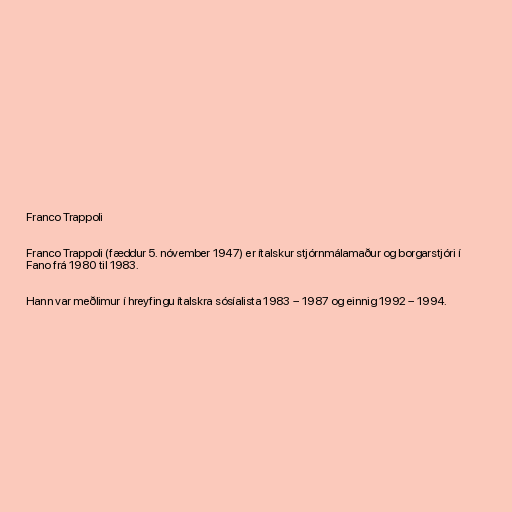
Franco Trappoli

Franco Trappoli (fæddur 5. nóvember 1947) er ítalskur stjórnmálamaður og borgarstjóri í
Fano frá 1980 til 1983.

Hann var meðlimur í hreyfingu ítalskra sósíalista 1983 – 1987 og einnig 1992 – 1994.